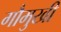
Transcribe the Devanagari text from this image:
गौमुखी